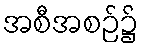
အစီအစဉ်၌